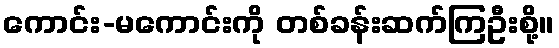
ကောင်း-မကောင်းကို တစ်ခန်းဆက်ကြဦးစို့။